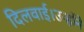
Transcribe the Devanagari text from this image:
दिलवाई।उन्होंने